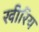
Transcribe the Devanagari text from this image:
खीरिय